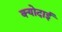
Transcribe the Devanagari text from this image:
क्योदाई